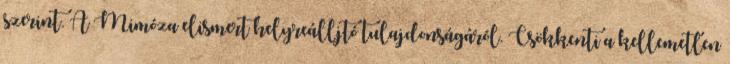
szerint. A Mimóza elismert helyreálljtó tulajdonságáról. Csökkenti a kellemetlen